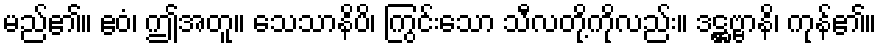
မည်၏။ ဧဝံ၊ ဤအတူ။ သေသာနိပိ၊ ကြွင်းသော သီလတို့ကိုလည်း။ ဒဋ္ဌဗ္ဗာနိ၊ ကုန်၏။